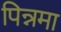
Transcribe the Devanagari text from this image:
पिन्नमा